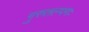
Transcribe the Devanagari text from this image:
गुरुतल्पगः